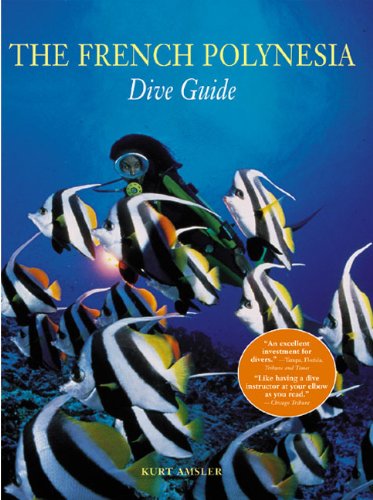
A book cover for The French Polynesian Dive Guide; Kurt Amsler; Travel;